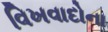
વિખવાદોના